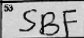
Transcription: SBF